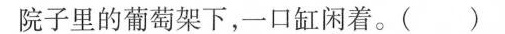
院子里的葡萄架下，一口缸闲着。()